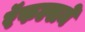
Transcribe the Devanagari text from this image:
रॅफल्सने